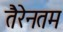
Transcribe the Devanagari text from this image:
तैरेनतम